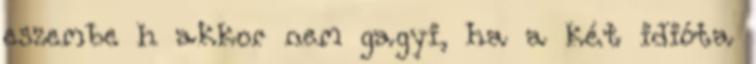
eszembe h akkor nem gagyi, ha a két idióta